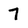
Character: 7